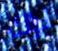
نراك